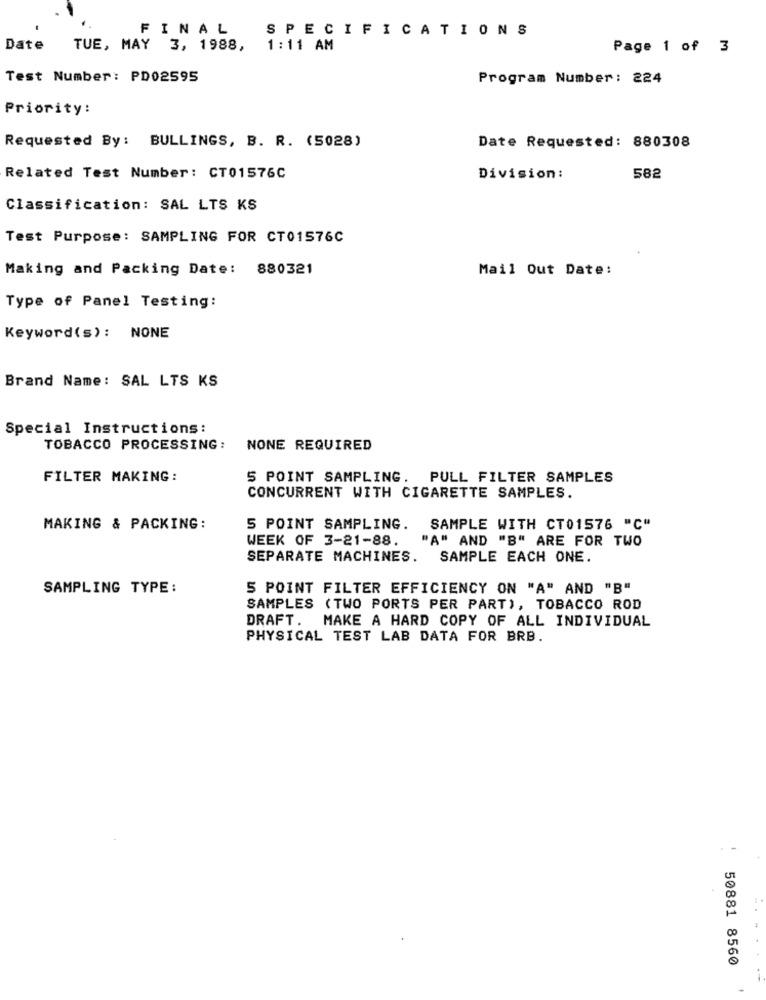
FINAL
SPECIFICATIONS
Date
TUE, MAY 3, 1988,
1:11 AM
Page 1 of 3
Test Number: PD02595
Program Number: 224
Priority:
Requested By: BULLINGS, B. R. (5028)
Date Requested: 880308
Related Test Number: CT01576C
Division :
582
Classification: SAL LTS KS
Test Purpose: SAMPLING FOR CT01576C
Making and Packing Date: 880321
Mail Out Date:
Type of Panel Testing:
Keyword(s): NONE
Brand Name: SAL LTS KS
Special Instructions:
TOBACCO PROCESSING:
NONE REQUIRED
FILTER MAKING:
5 POINT SAMPLING. PULL FILTER SAMPLES
CONCURRENT WITH CIGARETTE SAMPLES.
MAKING & PACKING:
5 POINT SAMPLING.
SAMPLE WITH CT01576 "C"
WEEK OF 3-21-88.
"A" AND "B" ARE FOR TWO
SEPARATE MACHINES.
SAMPLE EACH ONE.
SAMPLING TYPE :
5 POINT FILTER EFFICIENCY ON "A" AND "B"
SAMPLES (TWO PORTS PER PART), TOBACCO ROD
DRAFT. MAKE A HARD COPY OF ALL INDIVIDUAL
PHYSICAL TEST LAB DATA FOR BRB.
50881 8560
-